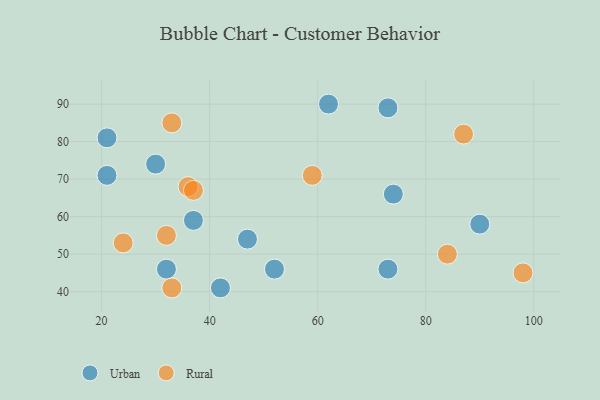
{"axis": {"x": "GDP", "y": "Life Expectancy"}, "legend": ["Rural", "Urban"], "data": [{"x": "52", "y": 46, "type": "Urban"}, {"x": "30", "y": 74, "type": "Urban"}, {"x": "21", "y": 71, "type": "Urban"}, {"x": "73", "y": 89, "type": "Urban"}, {"x": "37", "y": 59, "type": "Urban"}, {"x": "74", "y": 66, "type": "Urban"}, {"x": "42", "y": 41, "type": "Urban"}, {"x": "47", "y": 54, "type": "Urban"}, {"x": "21", "y": 81, "type": "Urban"}, {"x": "62", "y": 90, "type": "Urban"}, {"x": "90", "y": 58, "type": "Urban"}, {"x": "73", "y": 46, "type": "Urban"}, {"x": "32", "y": 46, "type": "Urban"}, {"x": "33", "y": 85, "type": "Rural"}, {"x": "84", "y": 50, "type": "Rural"}, {"x": "87", "y": 82, "type": "Rural"}, {"x": "98", "y": 45, "type": "Rural"}, {"x": "32", "y": 55, "type": "Rural"}, {"x": "36", "y": 68, "type": "Rural"}, {"x": "33", "y": 41, "type": "Rural"}, {"x": "37", "y": 67, "type": "Rural"}, {"x": "24", "y": 53, "type": "Rural"}, {"x": "59", "y": 71, "type": "Rural"}]}